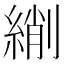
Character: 䌃